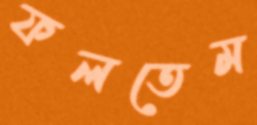
ফলতেম